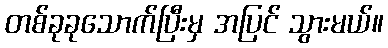
တစ်ခုခုသောက်ပြီးမှ အပြင် သွားမယ်။